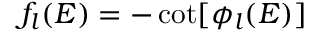
f _ { l } ( E ) = - \cot [ \phi _ { l } ( E ) ]